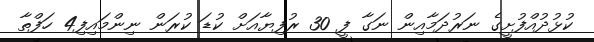
ކުޅުދުއްފުށީގެ ނަރުދަމާއިން ނަގާ ފީ 30 ރުފިޔާއަށް ކުޑަ ކުރަން ނިންމައިފި4 ހަފްތާ